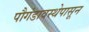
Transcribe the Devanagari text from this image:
पौगंडावस्थेपासून